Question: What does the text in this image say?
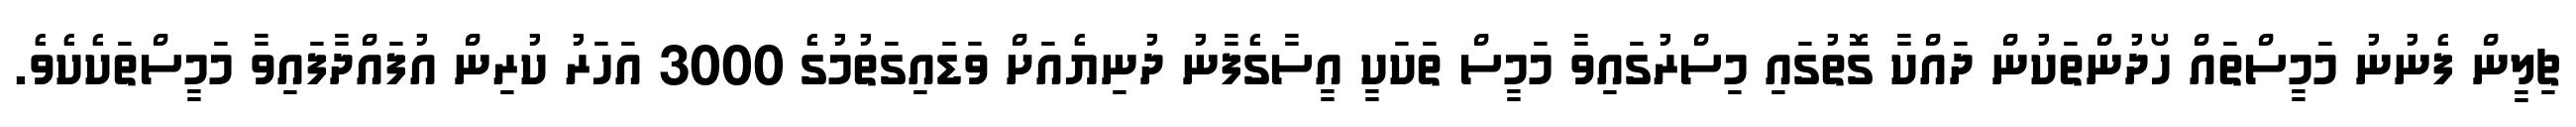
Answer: ޗިލީން ފެނުނު މަމީސްތައް ހޯދުންތަކުން ދައްކާ ގޮތުގައި މިސްރުގައިވާ މަމީސް ތަކަކީ އީސާގެފާނު ދުނިޔެއަށް ވަޑައިގަތުމުގެ 3000 އަހަރު ކުރިން އުފައްދާފައިވާ މަމީސްތަކެކެވެ.